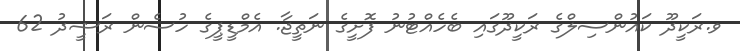
ވ.ރަކީދޫ ކައުންސިލްގެ ރަކީދޫގައި ބެހެއްޓުނު ފޮށީގެ ނަތީޖާ. އެމްޑީޕީގެ ހުސެން ރަޝީދު 62